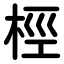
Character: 桱